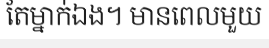
តែម្នាក់ឯង។ មានពេលមួយ